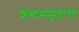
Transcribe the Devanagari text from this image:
शब्दसमूहाचा